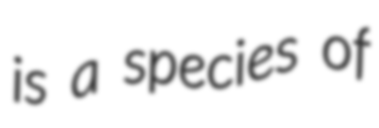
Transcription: is a species of